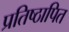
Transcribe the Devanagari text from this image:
प्रतिष्ठापित